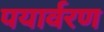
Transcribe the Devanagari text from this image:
पयार्वरण